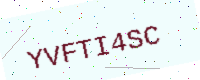
Text: YVFTI4SC